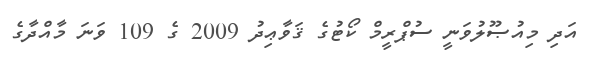
އަދި މިއުޞޫލުވަނީ ސުޕްރީމް ކޯޓުގެ ޤަވާޢިދު 2009 ގެ 109 ވަނަ މާއްދާގެ